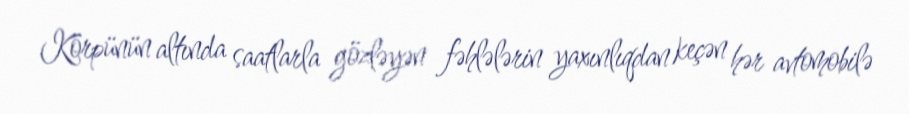
Körpünün altında saatlarla gözləyən fəhlələrin yaxınlıqdan keçən hər avtomobilə